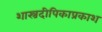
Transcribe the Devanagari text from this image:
शास्त्रदीपिकाप्रकाश